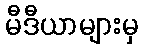
မီဒီယာများမှ